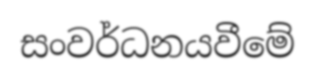
සංවර්ධනයවීමේ